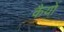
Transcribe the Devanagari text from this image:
कैयों